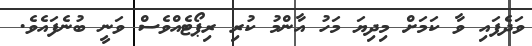
ވަދެފައި ވާ ކަމަށް މިދިޔަ މަހު އާންމު ކުރި ރިޕޯޓެއްވެސް ވަނީ ބުނެފައެވެ.